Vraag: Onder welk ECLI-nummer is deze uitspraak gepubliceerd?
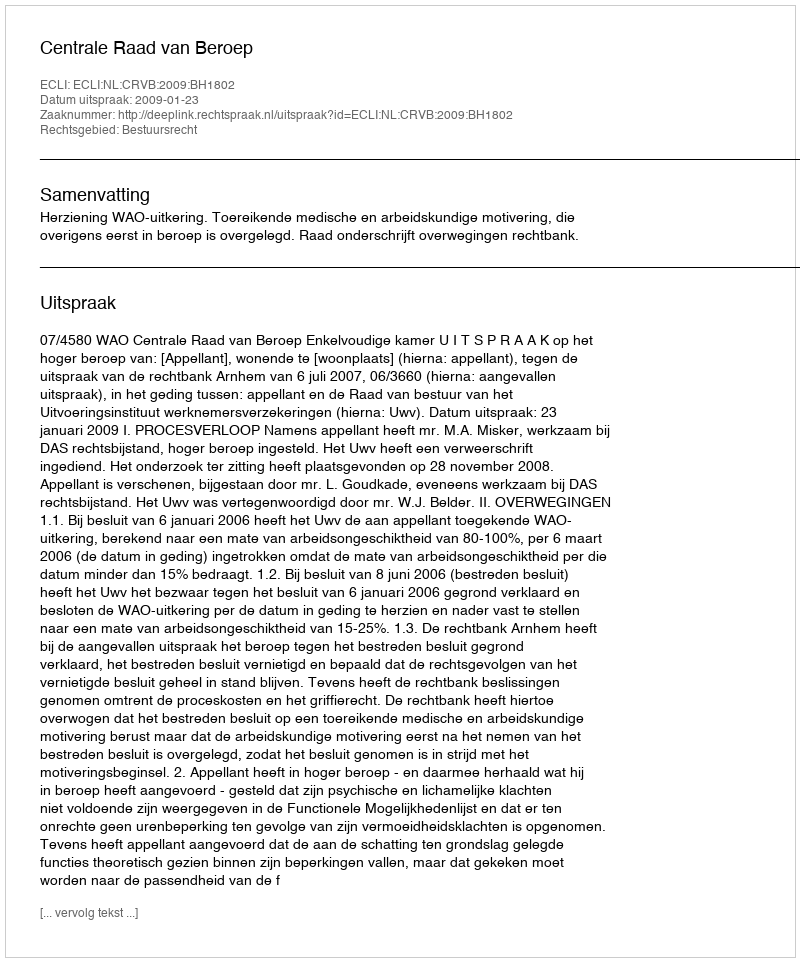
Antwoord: ECLI:NL:CRVB:2009:BH1802